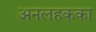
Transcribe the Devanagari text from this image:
अनलहकका